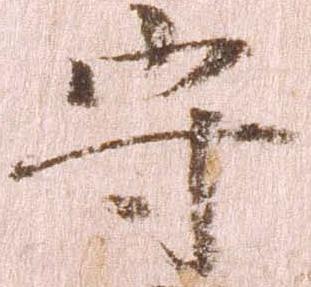
守